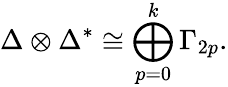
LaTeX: \Delta\otimes\Delta^{*}\cong\bigoplus_{p=0}^{k}\Gamma_{2p}.